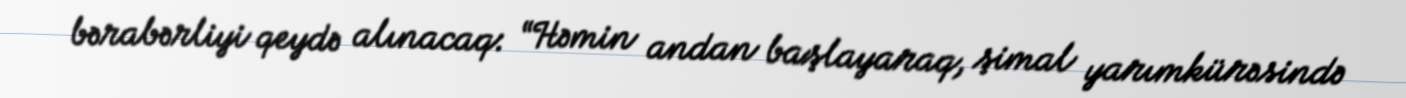
bərabərliyi qeydə alınacaq: “Həmin andan başlayaraq, şimal yarımkürəsində